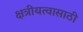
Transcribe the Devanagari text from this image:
क्षत्रीयत्वासाठी